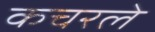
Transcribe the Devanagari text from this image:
कचरले